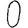
Digit: 0